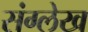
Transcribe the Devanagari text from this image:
संग्लेख